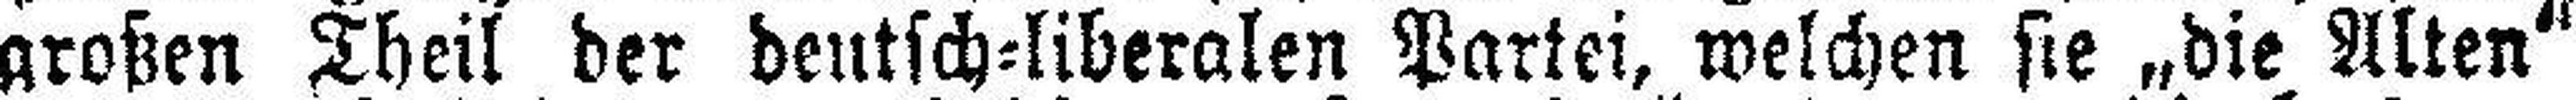
großen Theil der deutsch=liberalen Partei, welchen sie „die Alten“